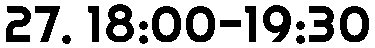
27. 18:00-19:30